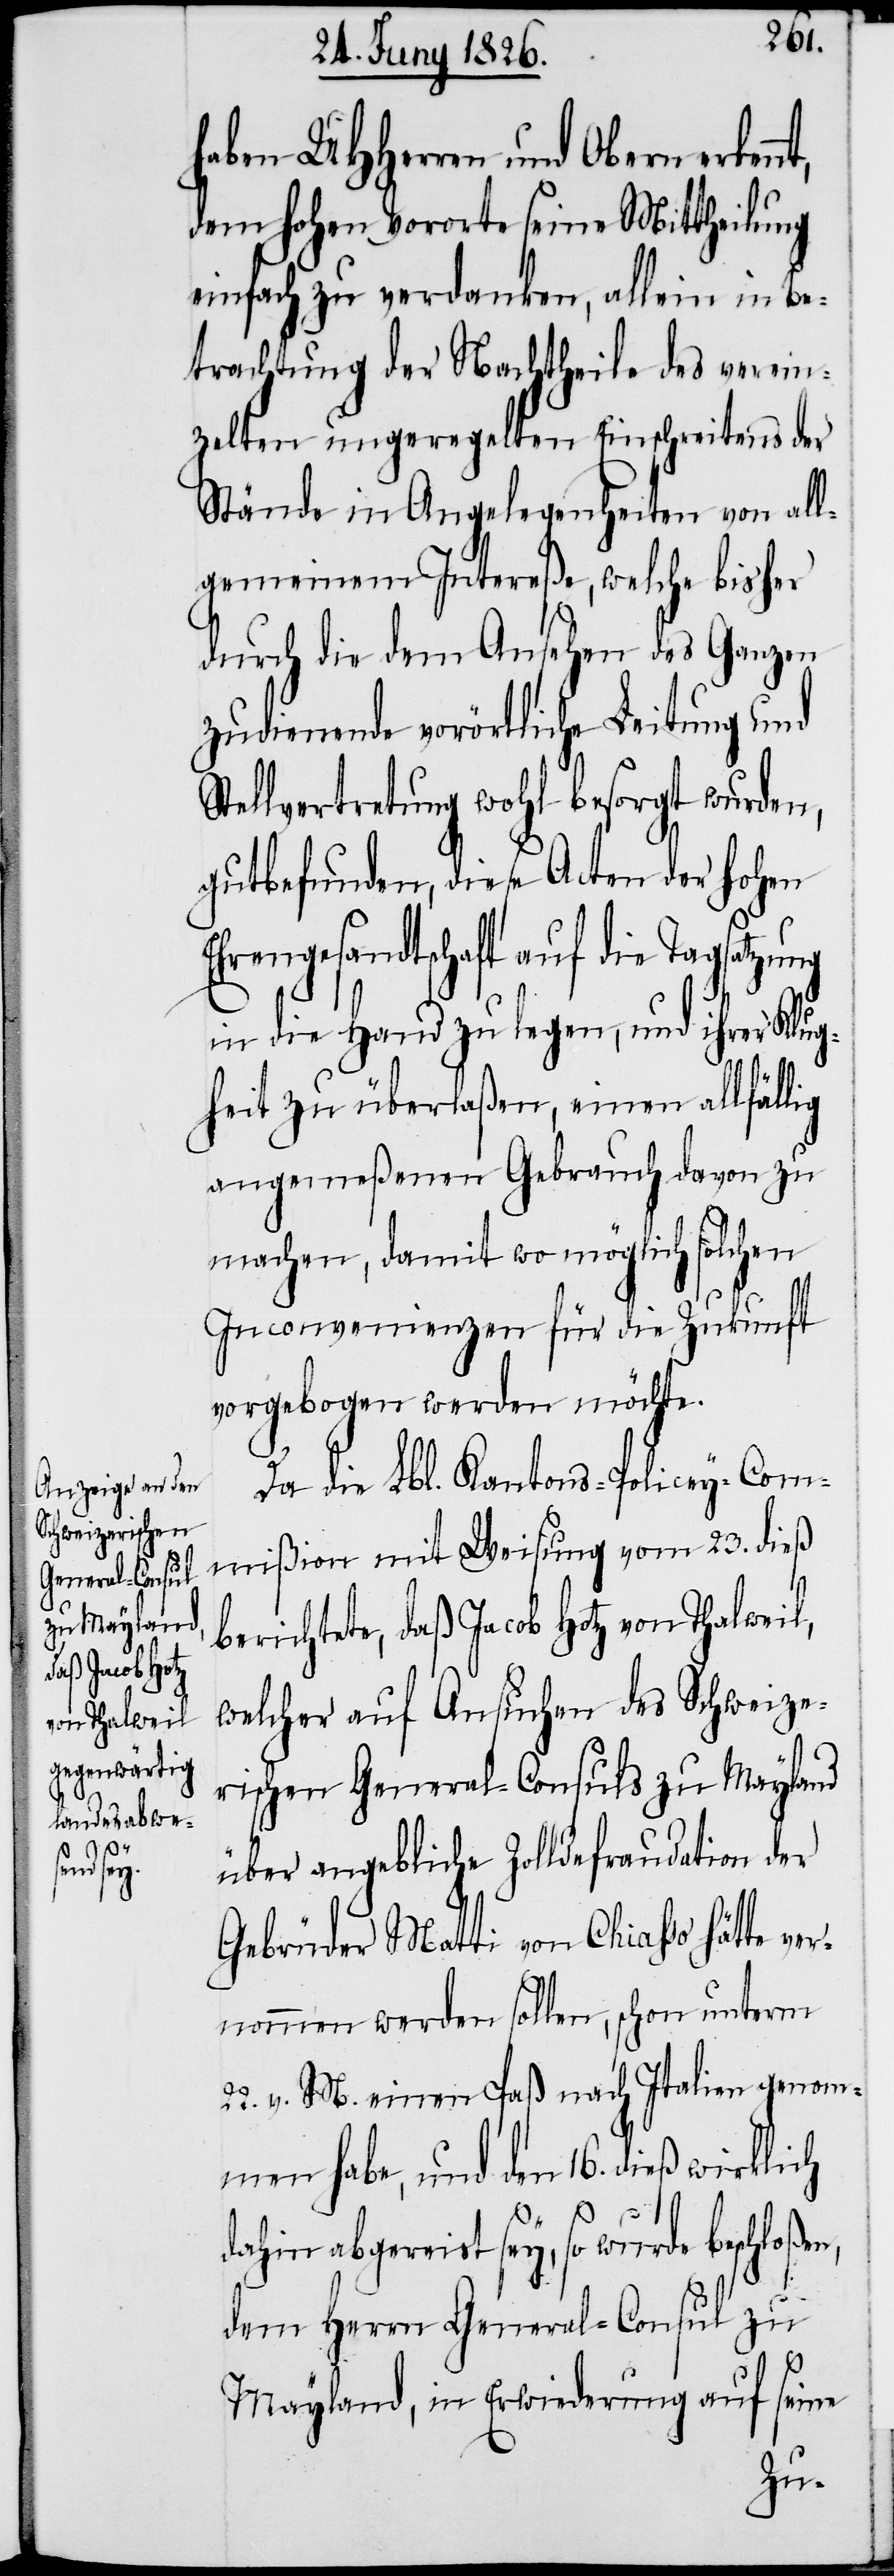
en,

haben UHHerren und Obern erken¬
dem hohen Vororte seine Mittheilung
einfach zu verdanken, allein in Be¬
trachtung der Nachtheile des verein¬
zelten ungeregelten Einschreitens der
Stände in Angelegenheiten von all¬
gemeinem Intereße, welche bisher
durch die dem Ansehen des Ganzen
zudienende vorörtliche Leitung und
Stellvertretung wohl besorgt wurden,
gutbefunden, diese Acten der hohen
Ehrengesandtschaft auf die Tagsatzung
in die Hand zu legen, und ihrer Klug¬
heit zu überlaßen, einen allfällig
angemeßenen Gebrauch davon zu
machen, damit wo möglich solchen
Inconvenienzen für die Zukunft
vorgebogen werden möchte.
Da die Lbl. Kantons-Policey-Com¬
mißion mit Weisung vom 23. dieß
berichtete, daß Jacob Hotz von Thalweil,
welcher auf Ansuchen des Schweize¬
rischen General-Consuls zu Mayland
über angebliche Zolldefraudation der
Gebrüder Matti von Chiasso hätte ve¬
rnommen werden sollen, schon unterm
22. v. M. einen Paß nach Italien genom¬
men habe, und den 16. dieß wirklich
dahin abgereist sey, so wurde beschloß¬
dem Herrn General-Consul zu
Mayland, in Erwiederung auf seine